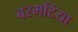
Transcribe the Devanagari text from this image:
बरमटिया